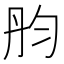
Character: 𠣝